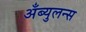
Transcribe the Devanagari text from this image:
अँब्युलन्स